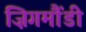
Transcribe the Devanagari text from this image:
ज़िगमौंडी